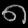
Digit: ၈